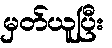
မှတ်ယူပြီး